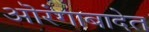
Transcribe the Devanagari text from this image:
ऒरंगाबादेत